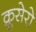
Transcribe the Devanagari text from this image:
क्रूसेरो